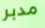
مدبر